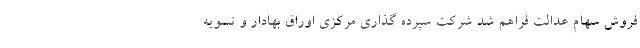
فروش سهام عدالت فراهم ‌شد شرکت سپرده گذاری مرکزی اوراق بهادار و تسویه